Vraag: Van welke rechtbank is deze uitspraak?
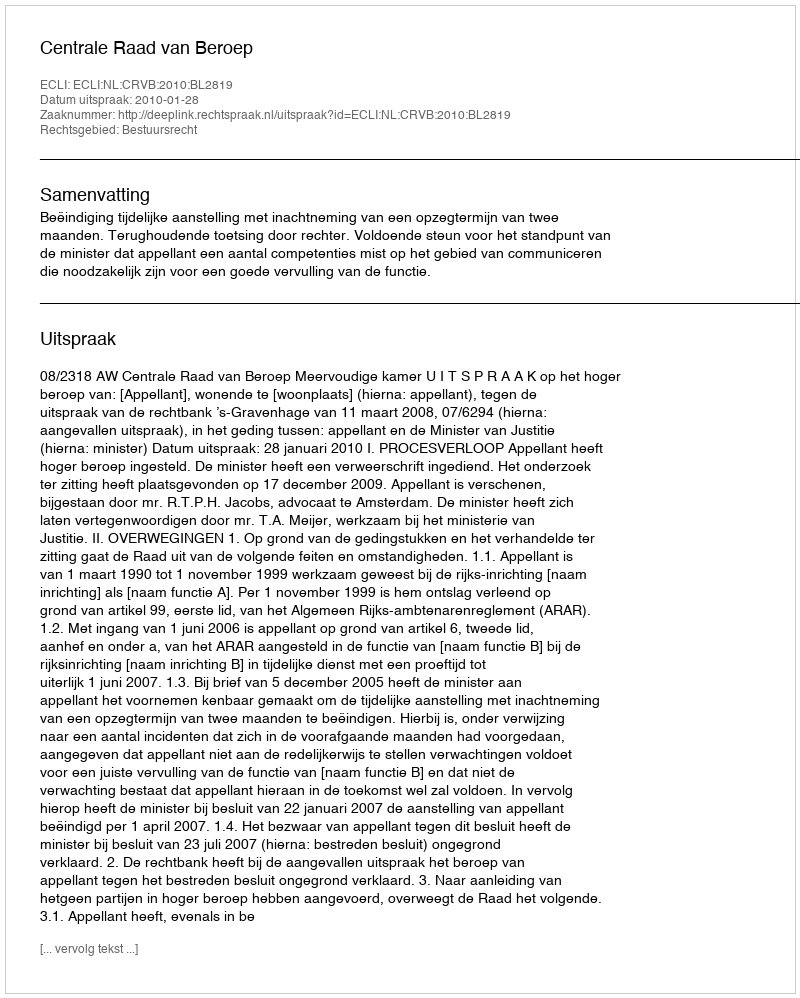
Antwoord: Centrale Raad van Beroep